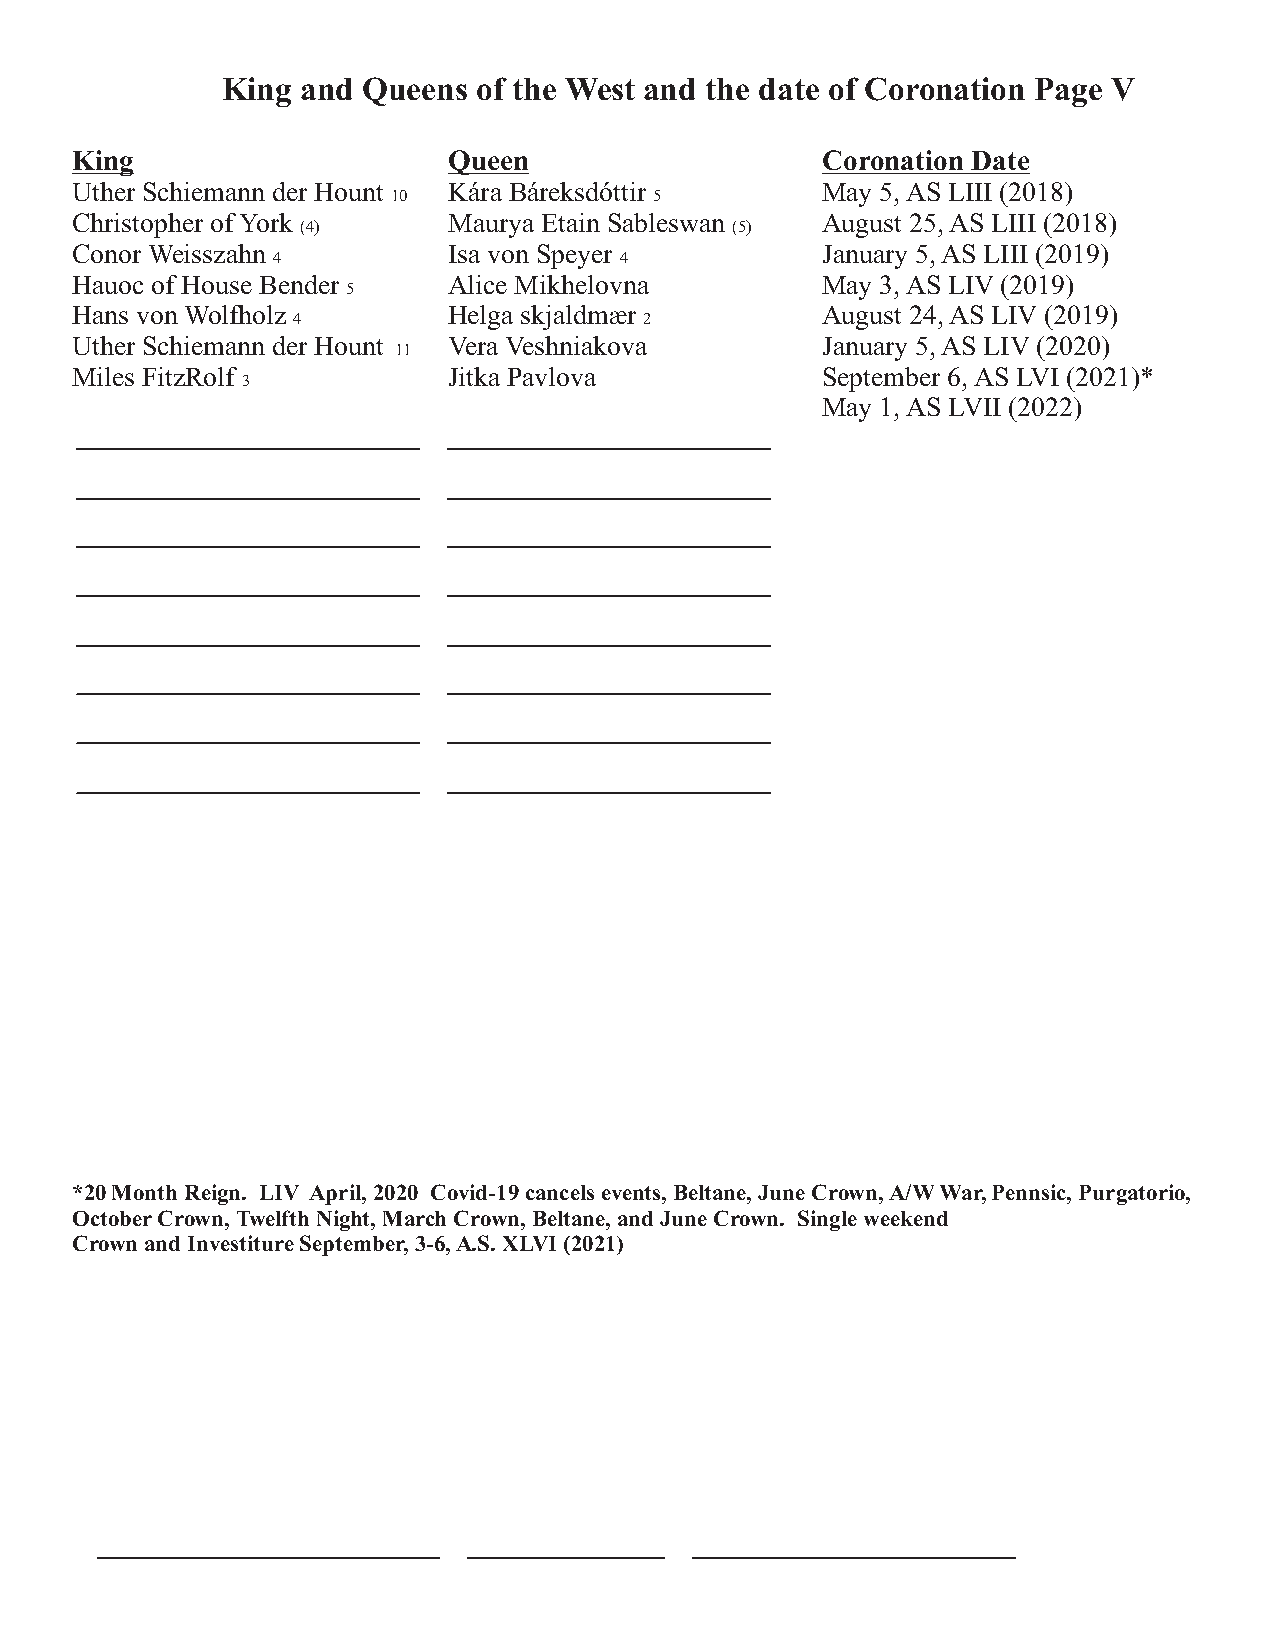
King and Queens  of the West and the date of Coronation Page V
 King                     Queen                   Coronation Date
 Uther Schiemann der Hount Kára Báreksdóttir      May 5, AS LIII (2018)
 10               5
 Christopher of York      Maurya Etain Sableswan  August 25, AS LIII (2018)
 (4)                         (5)
 Conor Weisszahn          Isa von Speyer          January 5, AS LIII (2019)
 4                      4
 Hauoc of House Bender    Alice Mikhelovna        May 3, AS LIV (2019)
 5
 Hans von Wolfholz        Helga skjaldmær         August 24, AS LIV (2019)
 4                       2
 Uther Schiemann der Hount Vera Veshniakova       January 5, AS LIV (2020)
 11
 Miles FitzRolf           Jitka Pavlova           September 6, AS LVI (2021)*
 3
 May 1, AS LVII (2022)
 *20 Month Reign. LIV April, 2020 Covid-19 cancels events, Beltane, June Crown, A/W War, Pennsic, Purgatorio,
 October Crown, Twelfth Night, March Crown, Beltane, and June Crown. Single weekend
 Crown and Investiture September, 3-6, A.S. XLVI (2021)